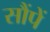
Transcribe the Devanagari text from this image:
सौंपें